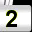
Digit: 2